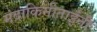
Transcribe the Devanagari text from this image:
मंदाकिनीताईंनी